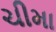
ચીમા